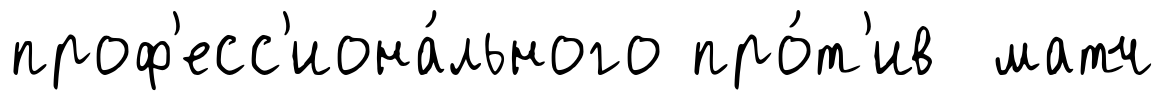
проф'есс'иона́льного про́т'ив матч